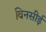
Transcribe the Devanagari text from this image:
विनसीई